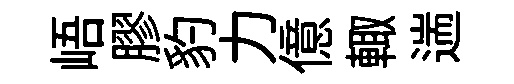
峿膠豹力億輙遄